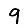
Digit: 9